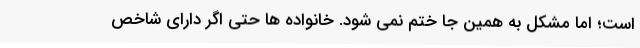
است؛ اما مشکل به همین جا ختم نمی شود. خانواده ها حتی اگر دارای شاخص